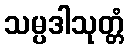
သမ္ပဒါသုတ္တံ